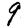
Digit: 9